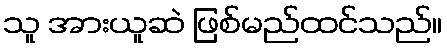
သူ အားယူဆဲ ဖြစ်မည်ထင်သည်။